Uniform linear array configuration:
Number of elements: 24
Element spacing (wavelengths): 0.5
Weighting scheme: blackman
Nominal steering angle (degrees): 60
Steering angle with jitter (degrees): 58.332
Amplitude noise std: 0.05
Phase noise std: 0.05

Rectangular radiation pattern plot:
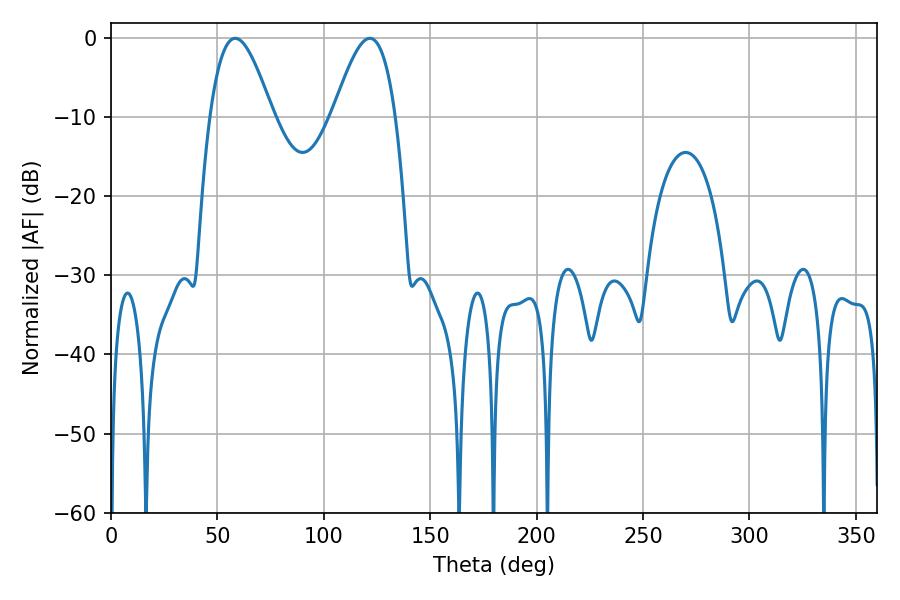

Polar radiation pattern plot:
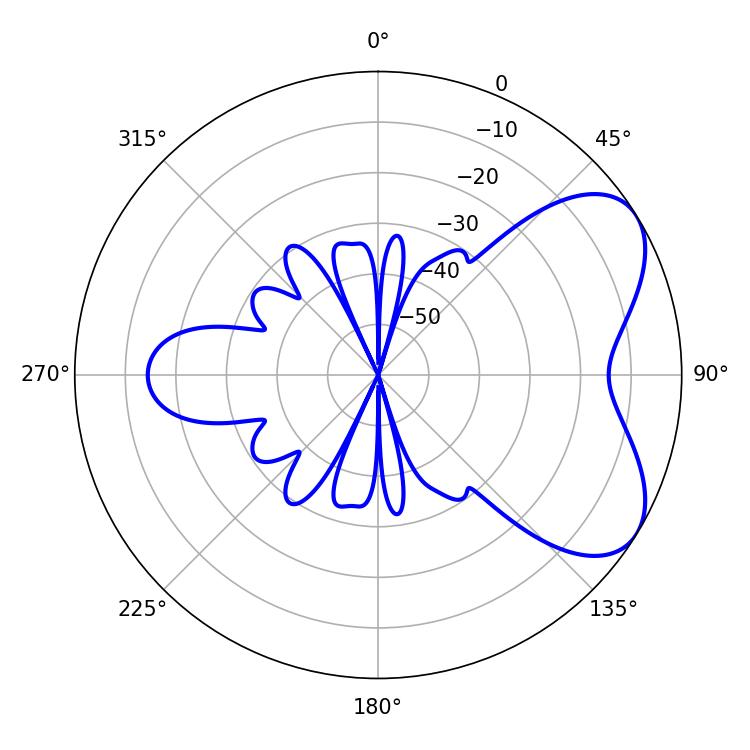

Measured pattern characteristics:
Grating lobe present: FALSE
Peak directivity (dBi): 5.813
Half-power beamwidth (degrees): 15.84
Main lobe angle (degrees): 58.32